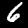
Digit: 6